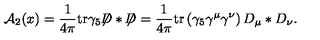
{ \cal A } _ { 2 } ( x ) = \frac { 1 } { 4 \pi } \mathrm { t r } \gamma _ { 5 } { \not \! \! D } * { \not \! \! D } = \frac { 1 } { 4 \pi } \mathrm { t r } \left( \gamma _ { 5 } \gamma ^ { \mu } \gamma ^ { \nu } \right) D _ { \mu } * D _ { \nu } .